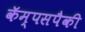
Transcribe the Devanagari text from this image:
कॅम्पसपैकी